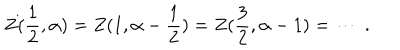
LaTeX: Z ( \frac { 1 } { 2 } , \alpha ) = Z ( 1 , \alpha - \frac { 1 } { 2 } ) = Z ( \frac { 3 } { 2 } , \alpha - 1 ) = \cdots \; .